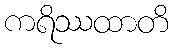
ကရိဿထာတိ